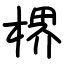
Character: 楐